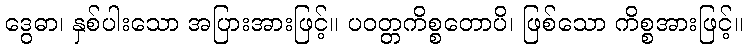
ဒွေဓာ၊ နှစ်ပါးသော အပြားအားဖြင့်။ ပဝတ္တကိစ္စတောပိ၊ ဖြစ်သော ကိစ္စအားဖြင့်။